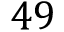
4 9